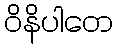
ဝိနိပါတေ